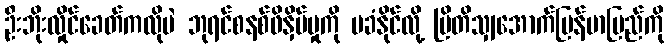
ဦးဘိုးလှိုင်ခေတ်ကလိုပဲ ဘုရင်စနစ်ဖိနှိပ်မှုကို မခံနိုင်လို့ ဗြိတိသျှအောက်မြန်မာပြည်ကို